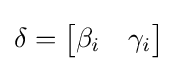
\delta ={\begin{bmatrix}\beta _{i}&\gamma _{i}\end{bmatrix}}